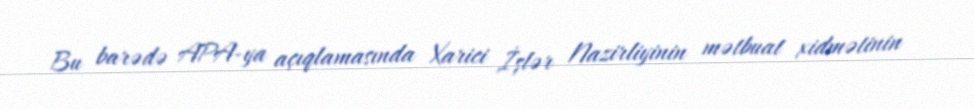
Bu barədə APA-ya açıqlamasında Xarici İşlər Nazirliyinin mətbuat xidmətinin